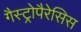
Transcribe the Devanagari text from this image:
गैस्ट्रोपैरेसिस